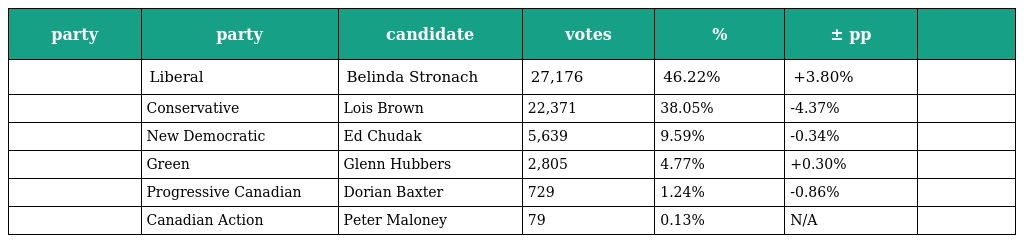
| party | party | candidate | votes | % | ± pp |  |
 | --- | --- | --- | --- | --- | --- | --- |
 |  | Liberal | Belinda Stronach | 27,176 | 46.22% | +3.80% |  |
 |  | Conservative | Lois Brown | 22,371 | 38.05% | -4.37% |  |
 |  | New Democratic | Ed Chudak | 5,639 | 9.59% | -0.34% |  |
 |  | Green | Glenn Hubbers | 2,805 | 4.77% | +0.30% |  |
 |  | Progressive Canadian | Dorian Baxter | 729 | 1.24% | -0.86% |  |
 |  | Canadian Action | Peter Maloney | 79 | 0.13% | N/A |  |